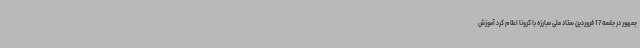
جمهور در جلسه 17 فروردین ستاد ملی مبارزه با کرونا اعلام کرد آموزش